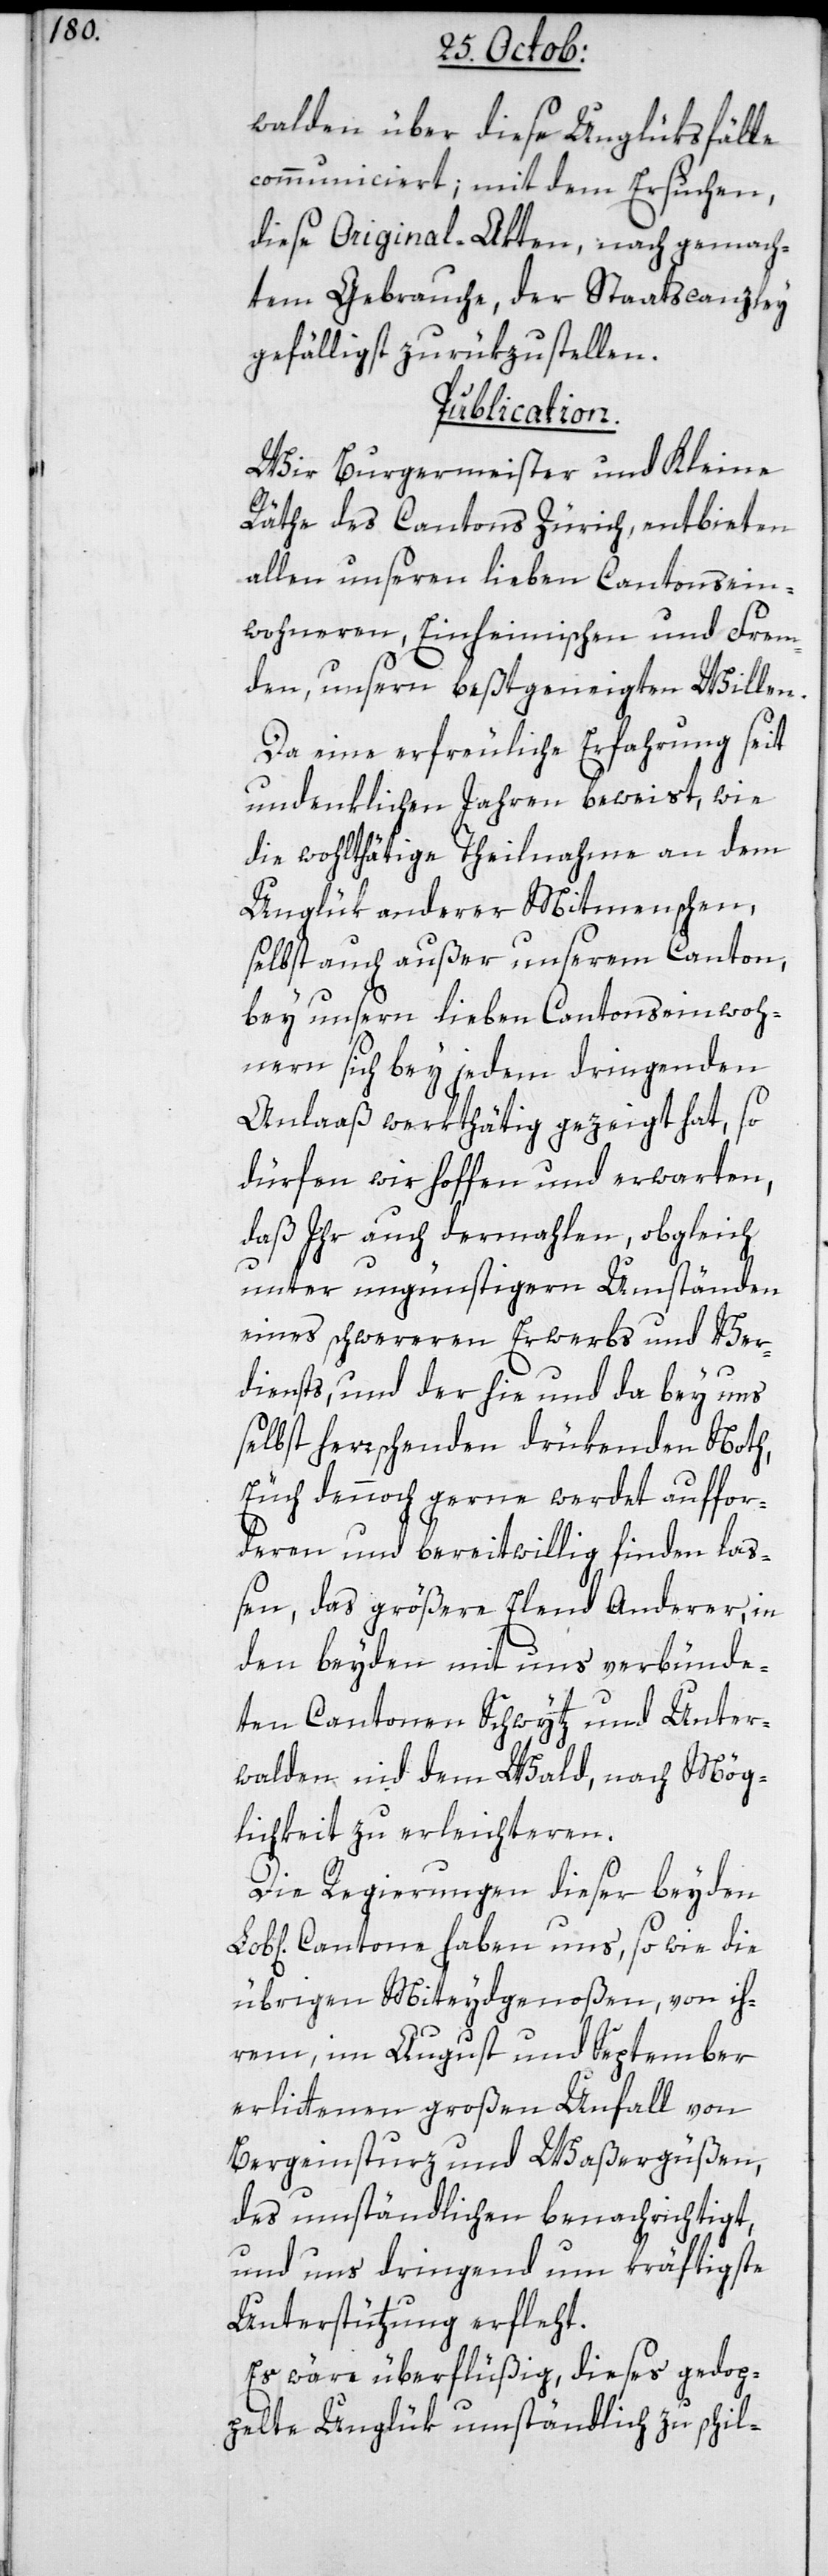
walden über diese Unglüksfälle
communiciert, mit dem Ersuchen,
diese Original-Akten nach gemach¬
tem Gebrauche, der Staatscanzley
gefälligst zurükzustellen.
Publication.
Wir Burgermeister und Kleine
Räthe des Cantons Zürich, entbieten
allen unsern lieben Cantonsein¬
wohneren, Einheimischen und Frem¬
den, unsern beßtgeneigten Willen.
Da eine erfreuliche Erfahrung seit
undenklichen Jahren beweist wie
die wohlthätige Theilnahme an dem
Unglük anderer Mitmenschen,
selbst auch außer unserem Canton,
bey unseren lieben Cantonseinwoh¬
nern sich bey jedem dringenden
Anlaaß werkthätig gezeigt hat, so
dürfen wir hoffen und erwarten,
daß Ihr auch dermahlen, obgleich
unter ungünstigern Umständen
eines schwereren Erwerbs und Ver¬
diensts, und der hie und da bey uns
selbst herrschenden drükenden Noth,
Euch dennoch gerne werdet auffor¬
deren und bereitwillig finden la¬
ßen, das größere Elend anderer, in
den beyden mit uns verbünde¬
ten Cantonen Schwytz und Unter¬
walden nid dem Wald, nach Mög¬
lichkeit zu erleichteren.
Die Regierungen dieser beyden
Cantone haben uns, so wie die
übrigen Miteydgenoßen, von ih¬
rem im August und September
erlittenen großen Unfall von
Bergeinsturz und Waßergüßen,
des Umständlichen benachrichtiget,
und uns dringend um kräftigste
Unterstützung erfleht.
Es wäre überflüßig, dieses gedop¬
pelte Unglük umständlich zu schil-